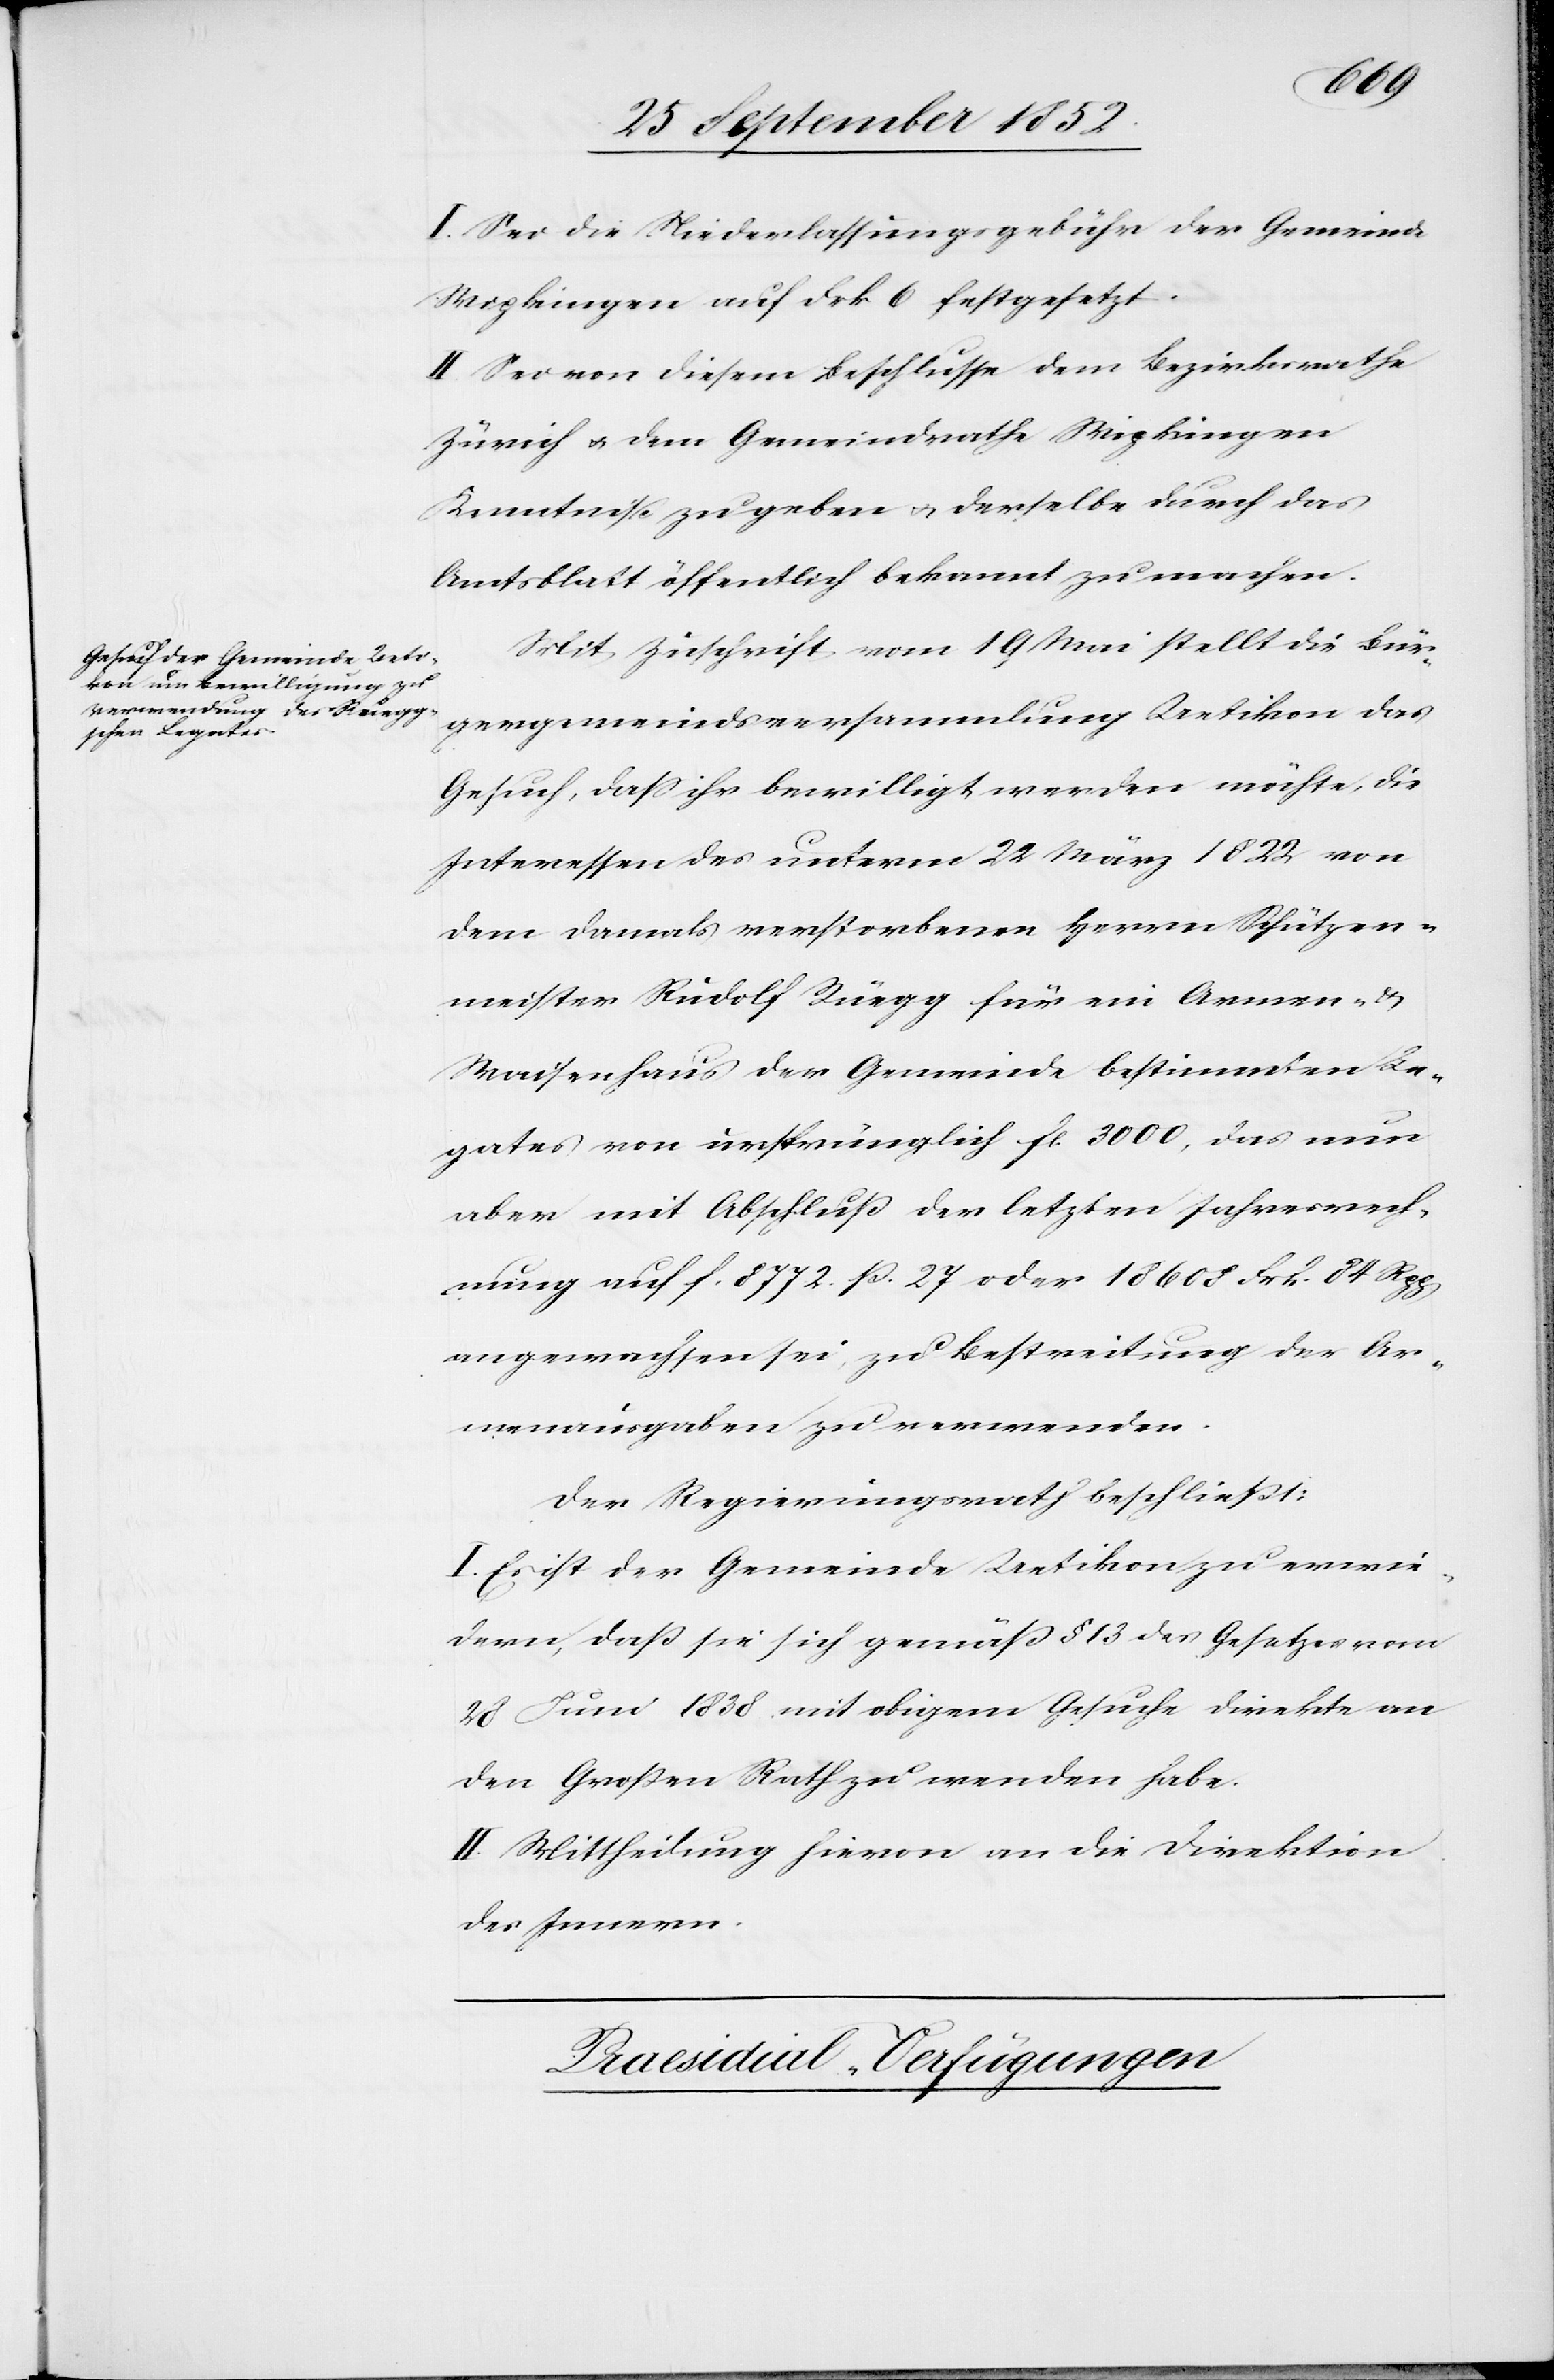
I. Sei die Niederlassungsgebühr der Gemeinde
Wipkingen auf Frk 6 festgesetzt.
II. Sei von diesem Beschlusse dem Bezirksrathe
Zürich & dem Gemeindrathe Wipkingen
Kenntniß zu geben & derselbe durch das
Amtsblatt öffentlich bekannt zu machen.
Mit Zuschrift vom 19 Mai stellt die Bür¬
gergemeindsversammlung Uetikon das
Gesuch, dass ihr bewilligt werden möchte, die
Interessen des unterm 22 März 1822 von
dem damals verstorbenen Herrn Schützen¬
meister Rudolf Rüegg für ein Armen- &
Waisenhaus der Gemeinde bestimmten Le¬
gates von ursprünglich fl. 3000, das nun
aber mit Abschluß der letzten Jahresrech¬
nung auf f. 8772. ß. 27 oder 18 608 Frk. 84 Rpp
angewachsen sei, zu Bestreitung der Ar¬
menausgaben zu verwenden.
Der Regierungsrath beschließt:
I. Es ist der Gemeinde Uetikon zu erwie¬
dern, daß sie sich gemäß § 13 des Gesetzes vom
28 Juni 1838 mit obigem Gesuche direkte an
den Großen Rath zu wenden habe.
II. Mittheilung hievon an die Direktion
des Innern.
Praesidial-Verfügungen